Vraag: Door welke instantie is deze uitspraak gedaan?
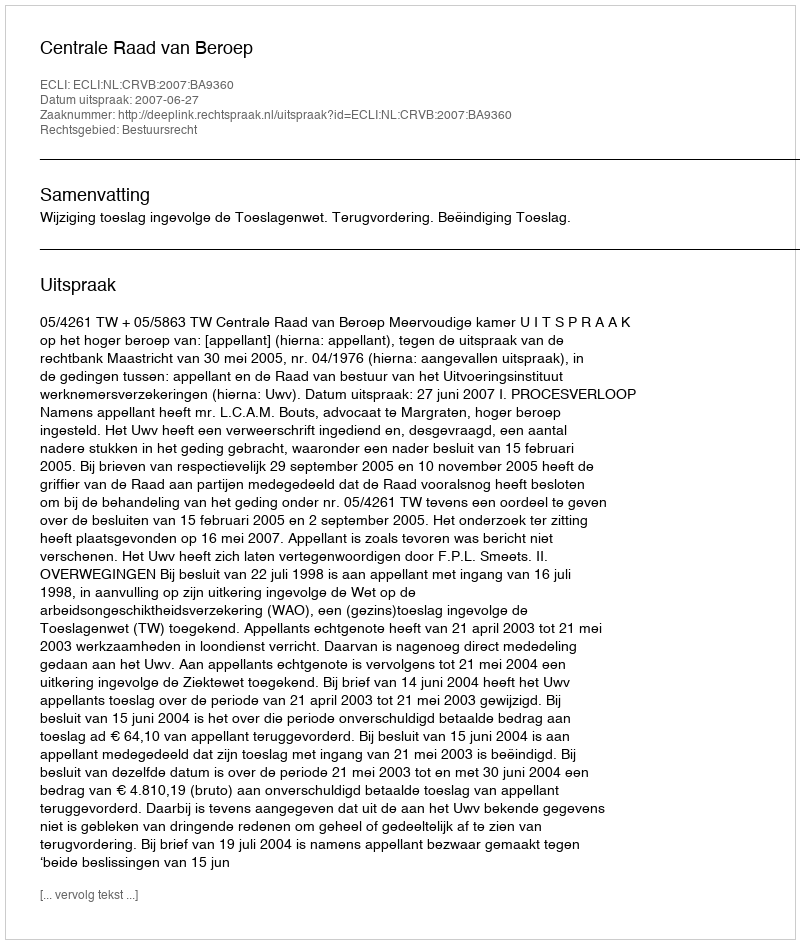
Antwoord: Centrale Raad van Beroep